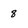
Character: 8